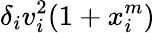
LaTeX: \delta_{i}v_{i}^{2}(1+x_{i}^{m})